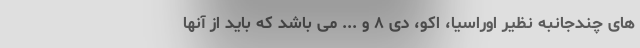
های چندجانبه نظیر اوراسیا، اکو، دی ۸ و ... می باشد که باید از آنها